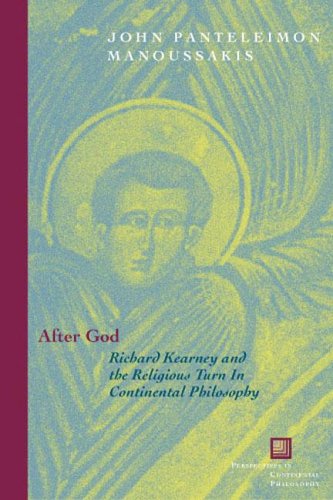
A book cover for After God: Richard Kearney and the Religious Turn in Continental Philosophy (Perspectives in Continental Philosophy); John Panteleimon Manoussakis; Religion & Spirituality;